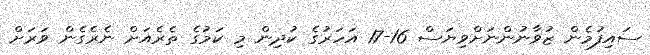
ސައިފުމެން ޒުވާނުންނަށްވިޔަސް 16-17 އަހަރުގެ ކުދިން މި ކަމުގެ ތެރެއަށް ނެރެގެން ވަރަށް